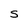
Character: S